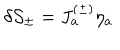
\delta { \cal S } _ { \pm } = J _ { a } ^ { ( \pm ) } \eta _ { a }